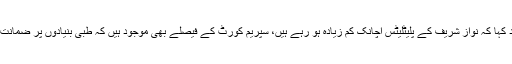
انہوں نے مزید کہا کہ نواز شریف کے پلیٹلیٹس اچانک کم زیادہ ہو رہے ہیں، سپریم کورٹ کے فیصلے بھی موجود ہیں کہ طبی بنیادوں پر ضمانت دی جاتی ہے۔